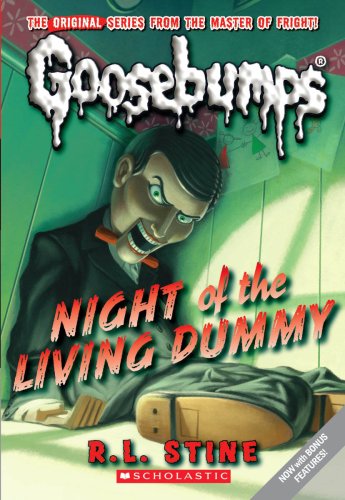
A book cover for Classic Goosebumps #1: Night of the Living Dummy; R.L. Stine; Children's Books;